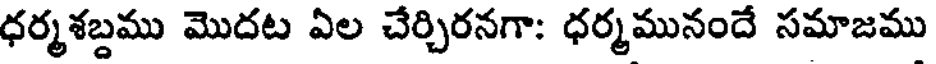
ధర్మశబ్దము మొదట ఏల చేర్చిరనగా: ధర్మమునందే సమాజము